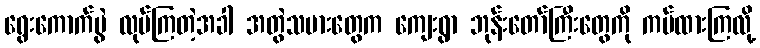
ရွေးကောက်ပွဲ လုပ်ကြတဲ့အခါ အတွဲသမားတွေက ကျေးရွာ ဘုန်းတော်ကြီးတွေကို ကပ်ထားကြလို့